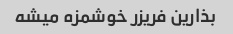
بذارین فریزر خوشمزه میشه